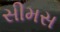
સીમસ